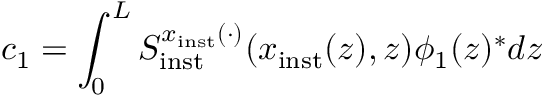
c _ { 1 } = \int _ { 0 } ^ { L } S _ { \mathrm { i n s t } } ^ { x _ { \mathrm { i n s t } } ( \cdot ) } ( x _ { \mathrm { i n s t } } ( z ) , z ) \phi _ { 1 } ( z ) ^ { \ast } d z